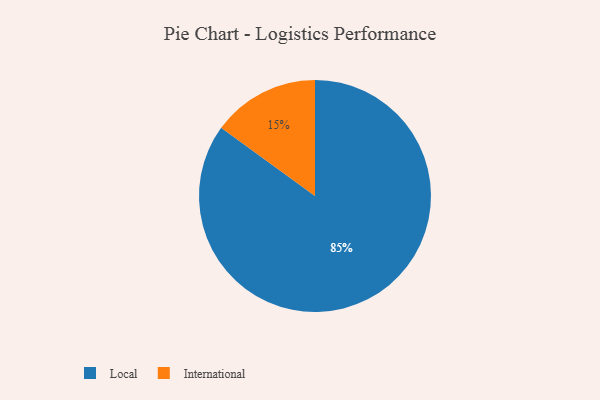
{"axis": {"x": "Category", "y": "Percentage"}, "legend": ["International", "Local"], "data": [{"x": "Local", "y": 85, "type": "Local"}, {"x": "International", "y": 15, "type": "International"}]}